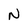
Character: N